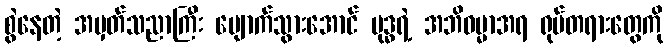
စွဲနေတဲ့ အမှတ်သညာကြီး ပျောက်သွားအောင် ဗုဒ္ဓရဲ့ အဘိဓမ္မာအရ ရုပ်တရားတွေကို